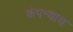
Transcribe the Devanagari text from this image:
कंपन्याच